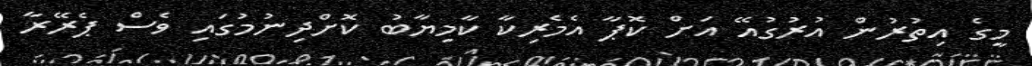
މީގެ އިތުރުން އުރުގުއޭ އަށް ކޮޕާ އެމެރިކާ ކާމިޔާބު ކޮށްދިނުމުގައި ވެސް ޕެރޭރާ